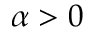
\alpha > 0